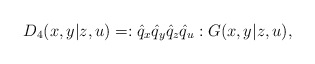
\begin{align*}D_4(x,y|z,u) = :\hat q_x\hat q_y\hat q_z\hat q_u:G(x,y|z,u),\end{align*}